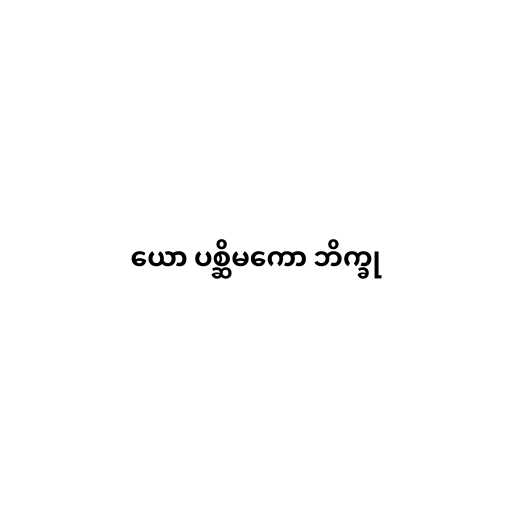
ယော ပစ္ဆိမကော ဘိက္ခု